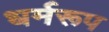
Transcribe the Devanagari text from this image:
धर्मरूप